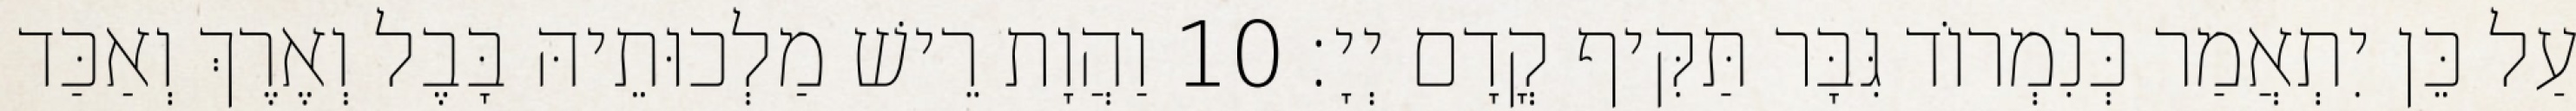
עַל כֵּן יִתְאֲמַר כְּנִמְרוֹד גִּבָּר תַּקִּיף קֳדָם יְיָ׃ 10 וַהֲוָת רֵישׁ מַלְכוּתֵיהּ בָּבֶל וְאֶרֶךְ וְאַכַּד